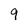
Character: 9